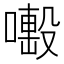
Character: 𠿊